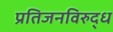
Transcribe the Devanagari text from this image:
प्रतिजनविरुद्ध